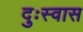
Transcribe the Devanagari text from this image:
दुःस्वास